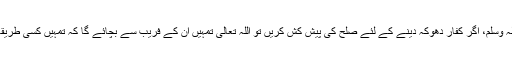
صَلَّی اللہُ تَعَالٰی عَلَیْہِ وَاٰلِہٖ وَسَلَّمَ، اگر کفار دھوکہ دینے کے لئے صلح کی پیش کش کریں تو اللہ تعالیٰ تمہیں ان کے فریب سے بچائے گا کہ تمہیں کسی طریقہ سے خبر دے دے گا۔